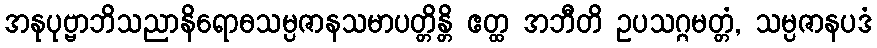
အနုပုဗ္ဗာဘိသညာနိရောဓသမ္ပဇာနသမာပတ္တိန္တိ ဧတ္ထ အဘီတိ ဥပသဂ္ဂမတ္တံ, သမ္ပဇာနပဒံ